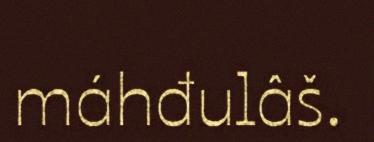
máhđulâš.